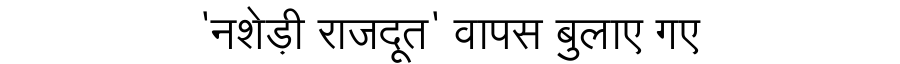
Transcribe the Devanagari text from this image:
'नशेड़ी राजदूत' वापस बुलाए गए